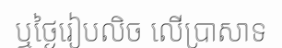
ឬថ្ងៃរៀបលិច លើប្រាសាទ